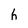
Character: h